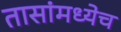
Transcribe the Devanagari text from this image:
तासांमध्येच